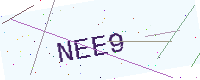
Text: NEE9